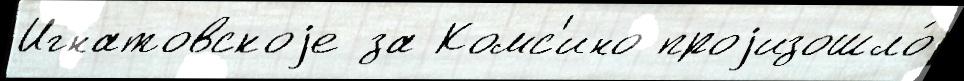
Игнатовскоjе за Комс'ино проjизошло́